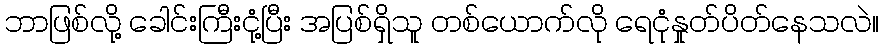
ဘာဖြစ်လို့ ခေါင်းကြီးငုံ့ပြီး အပြစ်ရှိသူ တစ်ယောက်လို ရေငုံနှုတ်ပိတ်နေသလဲ။